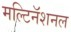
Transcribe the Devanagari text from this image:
मल्टिनॅशनल